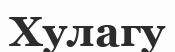
Хулагу